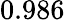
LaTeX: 0.986